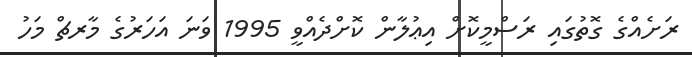
ރަށެއްގެ ގޮތުގައި ރަސްމީކޮށް އިޢުލާން ކޮށްދެއްވީ 1995 ވަނަ އަހަރުގެ މާރޗް މަހު